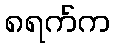
၈ရက်က